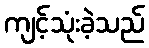
ကျင့်သုံးခဲ့သည်